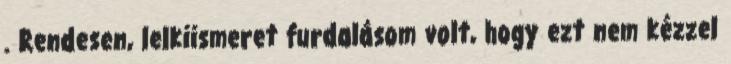
. Rendesen, lelkiismeret furdalásom volt, hogy ezt nem kézzel